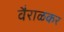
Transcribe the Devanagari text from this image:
वैराळकर